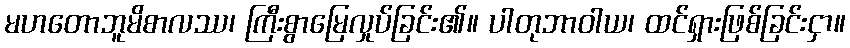
မဟတောဘူမိစာလဿ၊ ကြီးစွာမြေလှုပ်ခြင်း၏။ ပါတုဘာဝါယ၊ ထင်ရှားဖြစ်ခြင်းငှာ။